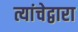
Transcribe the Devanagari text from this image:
त्यांचेद्वारा